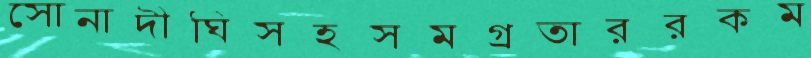
সোনাদীঘিসহসমগ্রতাররকম